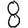
Digit: 8